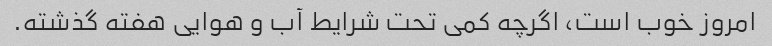
امروز خوب است، اگرچه کمی تحت شرایط آب و هوایی هفته گذشته.